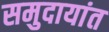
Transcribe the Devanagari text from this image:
समुदायांत